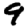
Digit: 9